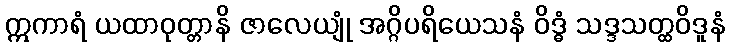
ဣကာရံ ယထာဝုတ္တာနိ ဇာလေယျုံ အဂ္ဂိပရိယေသနံ ဝိဒ္ဓံ သဒ္ဒသတ္ထဝိဒူနံ